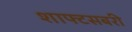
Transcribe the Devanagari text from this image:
शाफ्टसबरी